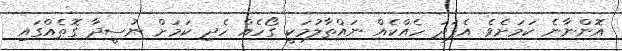
އޮންނާނެ ކަމަށެވެ. އެފަދަ ހެއްކެއް ނައްތާލުމަކީ ގޯހެއް ހެދި ކަމަަށް ނުސީދާ ގޮތެއްގައި